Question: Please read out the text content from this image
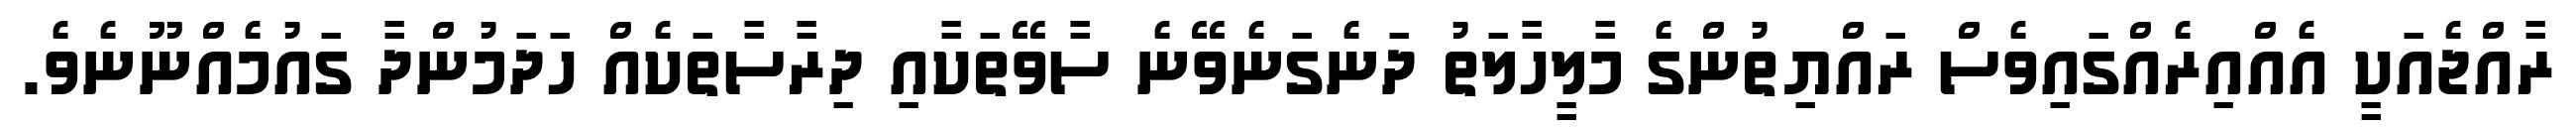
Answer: ރާއްޖެއަކީ އެއްއިރެއްގައިވެސް ރައްޔިތުންގެ މާލީހާލަތު ދަނެގަނެވޭނެ ސާވޭތަކާއި ދިރާސާތަކެއް ހަދަމުންދާ ގައުމެއްނޫނެވެ.